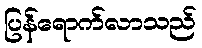
ပြန်ရောက်လာသည်